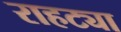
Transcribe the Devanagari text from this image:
राहट्या